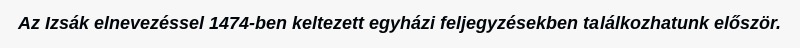
Az Izsák elnevezéssel 1474-ben keltezett egyházi feljegyzésekben találkozhatunk először.